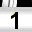
Digit: 1